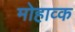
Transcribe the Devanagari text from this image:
मोहाव्क